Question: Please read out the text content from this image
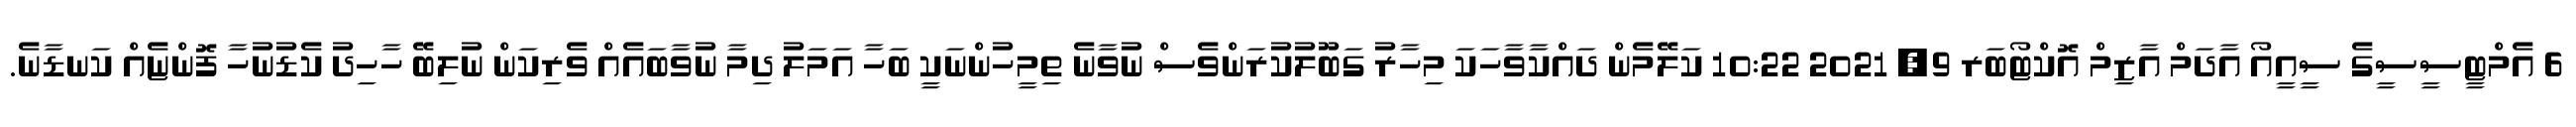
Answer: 6 އެމްޓީސީސީގެ ސީއީއޯ އާދަމް އާޒިމް އޮކްޓޯބަރ 9, 2021 10:22 ކަލޭމެން ދައްކާވާހަކަ މިހާރު ގަބޫލުކުރަންވެސް ނުވާނެ ތިމީހުންނަކީ ބަހާ އަމަލު ދިމާ ނުވާބައެއް ވެރިކަން ނުލިބޭ ހާހިދު ކެޑުނުހާ ފޮންޏެއް ކަނޑާނެ.